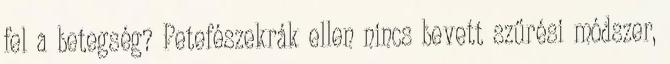
fel a betegség? Petefészekrák ellen nincs bevett szűrési módszer,